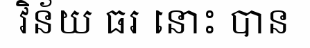
វិន័យ ធរ នោះ បាន